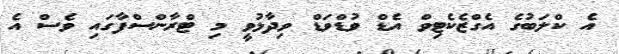
އެ ކްލަބުގެ އެގްޒެކެޓިވް އެޑް ވުޑްވަޑް ވިދާޅުވީ މި ޓްރާންސްފާގައި ވެސް އެ